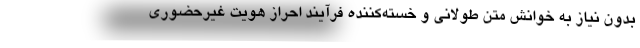
بدون نیاز به خوانش متن طولانی و خسته‌کننده فرآیند احراز هویت غیرحضوری